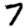
Digit: 7